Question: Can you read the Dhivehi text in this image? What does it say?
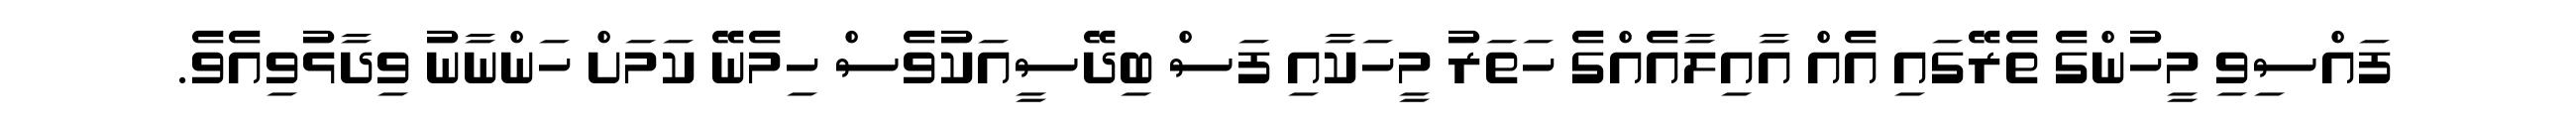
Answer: ފައްސިވި މީހުންގެ ތެރޭގައި އެއް އާއިލާއެއްގެ ހަތަރު މީހަކާއި ފަސް ބިދޭސީއަކުވެސް ހިމެނޭ ކަމަށް ހަންނާނު ވިދާޅުވިއެވެ.